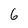
Character: 6